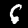
Label: 6